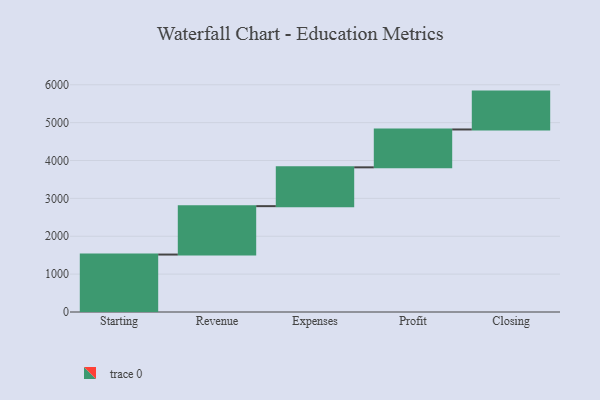
{"axis": {"x": "Step", "y": "Value"}, "legend": [""], "data": [{"x": "Starting", "y": 1517.0, "type": ""}, {"x": "Revenue", "y": 1278.0, "type": ""}, {"x": "Expenses", "y": 1025.0, "type": ""}, {"x": "Profit", "y": 1000, "type": ""}, {"x": "Closing", "y": 1000, "type": ""}]}